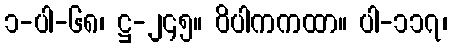
၁-ပါ-၆၈၊ ဋ္ဌ-၂၄၅။ ဝိပါကကထာ။ ပါ-၁၁၇၊